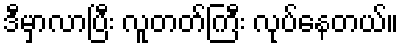
ဒီမှာလာပြီး လူတတ်ကြီး လုပ်နေတယ်။